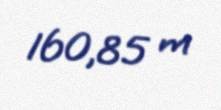
160,85 m